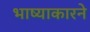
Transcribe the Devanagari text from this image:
भाष्याकारने